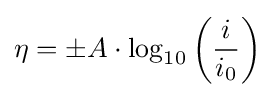
\eta =\pm A\cdot \log _{10}\left({\frac {i}{i_{0}}}\right)